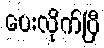
ပေးလိုက်ပြီ